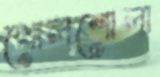
খোলশোলা